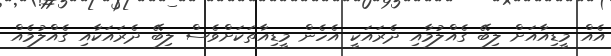
އެއް މީޑިއާއަށް ލިބޭ ގެއްލުމާއި ދެރައަކީ އެހެން މީޑިއާތަކަށްވެސް ލިބޭ ދެރައަކާއި ގެއްލުމެއް